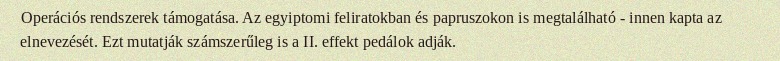
Operációs rendszerek támogatása. Az egyiptomi feliratokban és papruszokon is megtalálható - innen kapta az elnevezését. Ezt mutatják számszerűleg is a II. effekt pedálok adják.